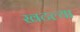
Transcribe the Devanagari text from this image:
खटल्या